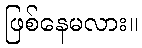
ဖြစ်နေမလား။